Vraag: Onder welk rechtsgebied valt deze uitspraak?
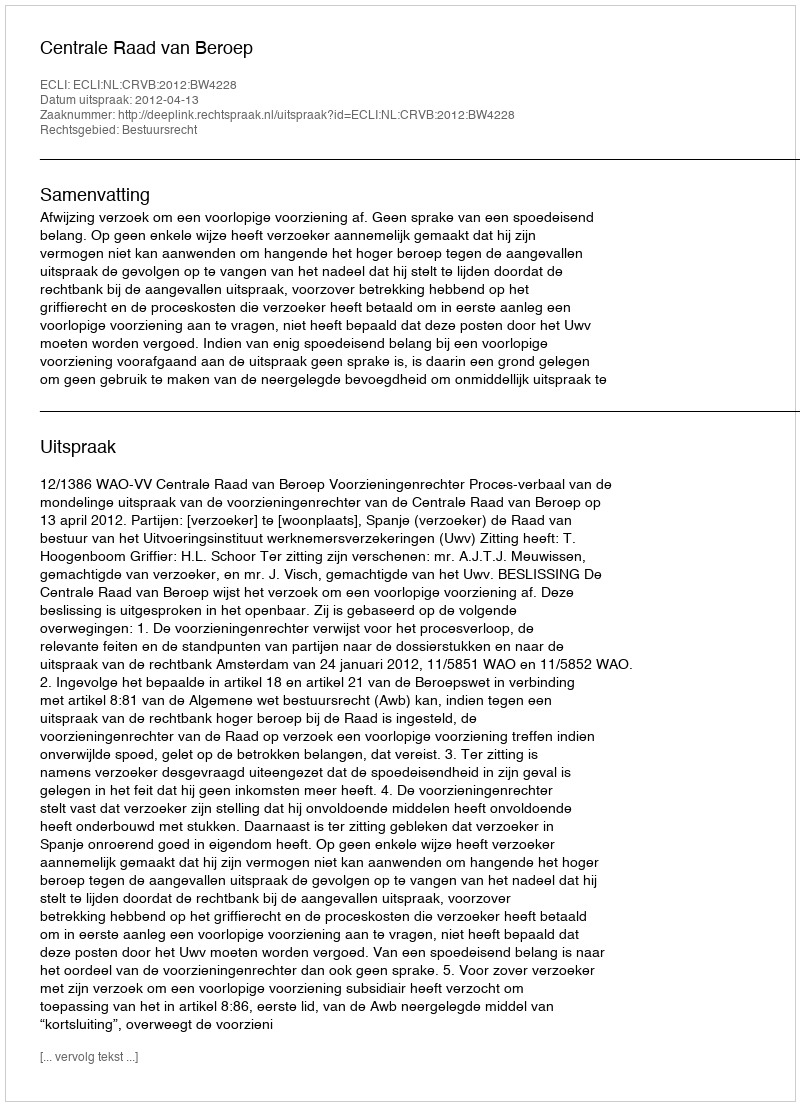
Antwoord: Bestuursrecht